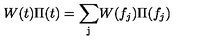
W ( t ) \Pi ( t ) = \mathrm { \sum _ j } W ( f _ { j } ) \Pi ( f _ { j } )